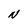
Character: N